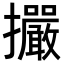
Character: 𢺘